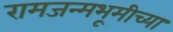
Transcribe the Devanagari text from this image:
रामजन्मभूमीच्या